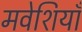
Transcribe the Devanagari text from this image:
मवेशियाँ